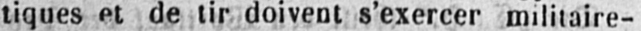
tiques et de tir doivent s’exercer militaire-